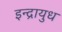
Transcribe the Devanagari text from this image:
इन्द्रायुध